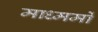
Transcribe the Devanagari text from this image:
माध्ममों